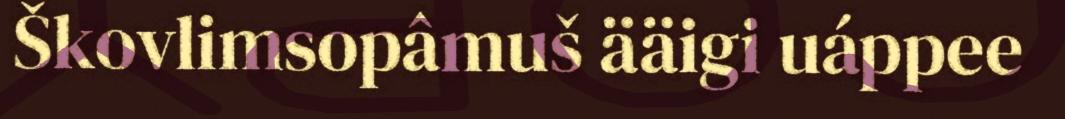
Škovlimsopâmuš ääigi uáppee